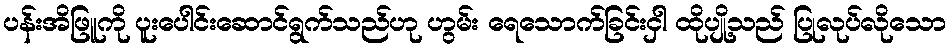
ပန်းအိဖြူကို ပူးပေါင်းဆောင်ရွက်သည်ဟု ဟွမ်း ရေသောက်ခြင်းငှါ ထိုပျို့သည် ပြုလုပ်လိုသော